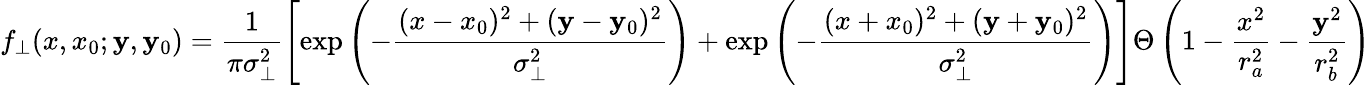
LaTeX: f_{\bot}(x,x_{0};\mathbf{y},\mathbf{y}_{0})=\frac{{1}}{{\pi\sigma_{\bot}^{2}}}\left[\exp\left(-{\frac{{(x-x_{0})^{2}+(\mathbf{y}-\mathbf{y}_{0})^{2}}}{{\sigma_{\bot}^{2}}}}\right)+\exp\left(-{\frac{{(x+x_{0})^{2}+(\mathbf{y}+\mathbf{y}_{0})^{2}}}{{\sigma_{\bot}^{2}}}}\right)\right]\Theta\left(1-\frac{{x^{2}}}{{r_{a}^{2}}}-\frac{{\mathbf{y}^{2}}}{{r_{b}^{2}}}\right)